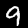
Digit: 9